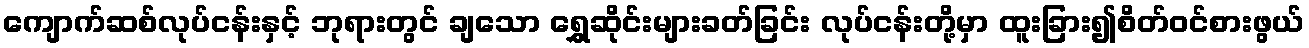
ကျောက်ဆစ်လုပ်ငန်းနှင့် ဘုရားတွင် ချသော ရွှေဆိုင်းများခတ်ခြင်း လုပ်ငန်းတို့မှာ ထူးခြား၍စိတ်ဝင်စားဖွယ်